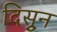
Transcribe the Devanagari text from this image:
दिसुून